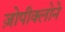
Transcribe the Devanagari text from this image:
ज़ोपीक्लोने